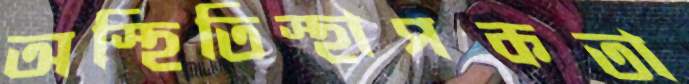
অস্হিতিস্হাপকতা